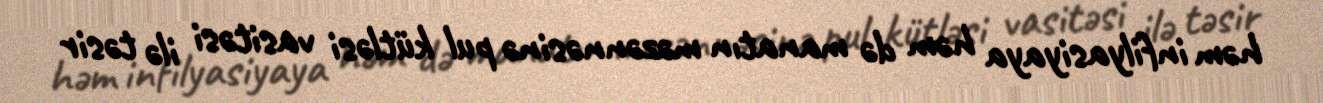
həm infilyasiyaya həm də manatın məzənnəsinə pul kütləsi vasitəsi ilə təsir